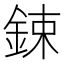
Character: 鋉